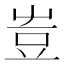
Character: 𧯛